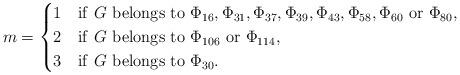
LaTeX: \begin{align*}m=\begin{cases}1&{\rm if}\ G\ {\rm belongs\ to\ } \Phi_{16}, \Phi_{31}, \Phi_{37}, \Phi_{39}, \Phi_{43}, \Phi_{58}, \Phi_{60}\ {\rm or}\ \Phi_{80},\\2&{\rm if}\ G\ {\rm belongs\ to\ } \Phi_{106}\ {\rm or}\ \Phi_{114},\\3&{\rm if}\ G\ {\rm belongs\ to\ } \Phi_{30}.\end{cases}\end{align*}